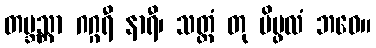
တဗ္ဘသ္တာ ဂဂ္ဂရီ နာရီ၊ သတ္တံ တု ပိပ္ဖလံ ဘဝေ။